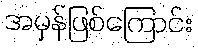
အမှန်ဖြစ်ကြောင်း